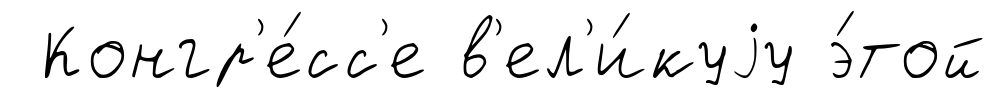
Конгр'е́сс'е в'ел'и́куjу э́той